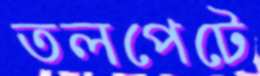
তলপেটে